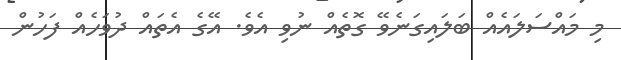
މި މައްސަލައެއް ބަލައިގަނެވޭ ގޮތެއް ނުވި އެވެ. އޭގެ އެތައް ދުވަހެއް ފަހުން